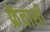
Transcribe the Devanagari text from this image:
फ्रेंचाशी